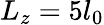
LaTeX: L_{z}=5l_{0}